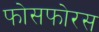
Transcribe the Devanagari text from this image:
फोसफोरस